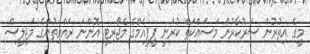
މީގެ އިތުރުން ސަރުކާރުން މަސައްކަތް ކުރަނީ ޕީޕީއެމްގެ މެޖޯރިޓީ އޮންނަ ރައްޔިތުންގެ މަޖިލީސް